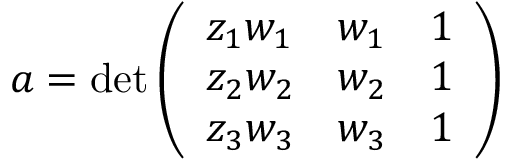
a = \operatorname* { d e t } { \left( \begin{array} { l l l } { z _ { 1 } w _ { 1 } } & { w _ { 1 } } & { 1 } \\ { z _ { 2 } w _ { 2 } } & { w _ { 2 } } & { 1 } \\ { z _ { 3 } w _ { 3 } } & { w _ { 3 } } & { 1 } \end{array} \right) }